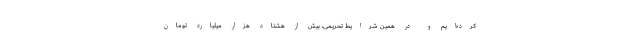
کرده‌ایم و در همین شرایط تحریمی، بیش از هشتاد هزار میلیارد تومان